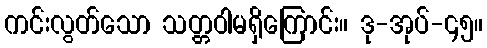
ကင်းလွတ်သော သတ္တဝါမရှိကြောင်း။ ဒု-အုပ်-၄၅။